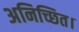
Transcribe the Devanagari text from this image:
अनिच्छित।